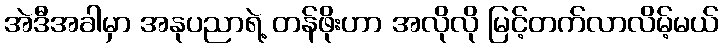
အဲဒီအခါမှာ အနုပညာရဲ့ တန်ဖိုးဟာ အလိုလို မြင့်တက်လာလိမ့်မယ်